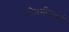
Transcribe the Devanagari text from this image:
गौतमीबाईंनी